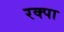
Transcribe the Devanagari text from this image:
रक्पा